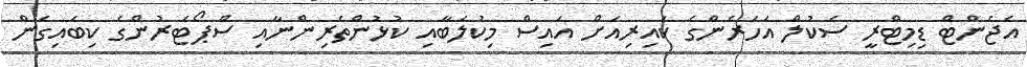
އެޖެންޓް ޑިމިޓްރީ ސެކުލް އަހަރެންގެ ކައިރިއަށް އައިސް މިކުލަބާއި ކުޅުންތެރިންނާއި ސްޕޯޓަރުންގެ ކިބައިގެން